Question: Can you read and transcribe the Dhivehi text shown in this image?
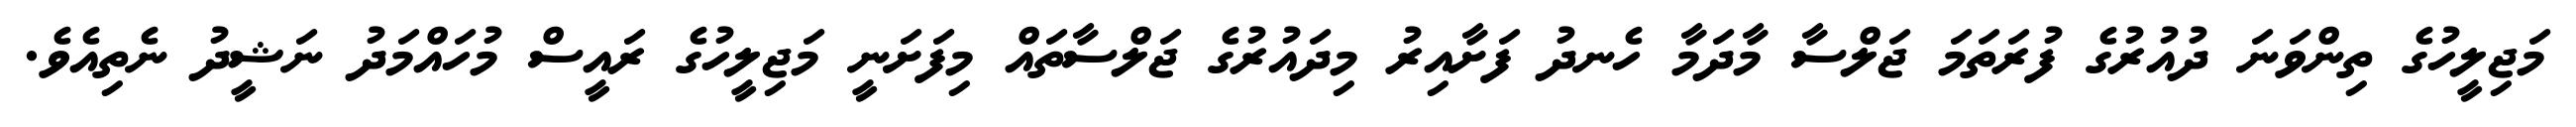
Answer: މަޖިލީހުގެ ތިންވަނަ ދުއުރުގެ ފުރަތަމަ ޖަލްސާ މާދަމާ ހެނދު ފަށާއިރު މިދައުރުގެ ޖަލްސާތައް މިފަށަނީ މަޖިލީހުގެ ރައީސް މުހައްމަދު ނަޝީދު ނެތިއެވެ.